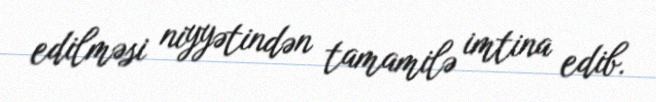
edilməsi niyyətindən tamamilə imtina edib.